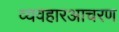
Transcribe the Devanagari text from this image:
व्यवहारआचरण